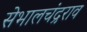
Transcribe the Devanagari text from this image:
सेभालचंद्रराव